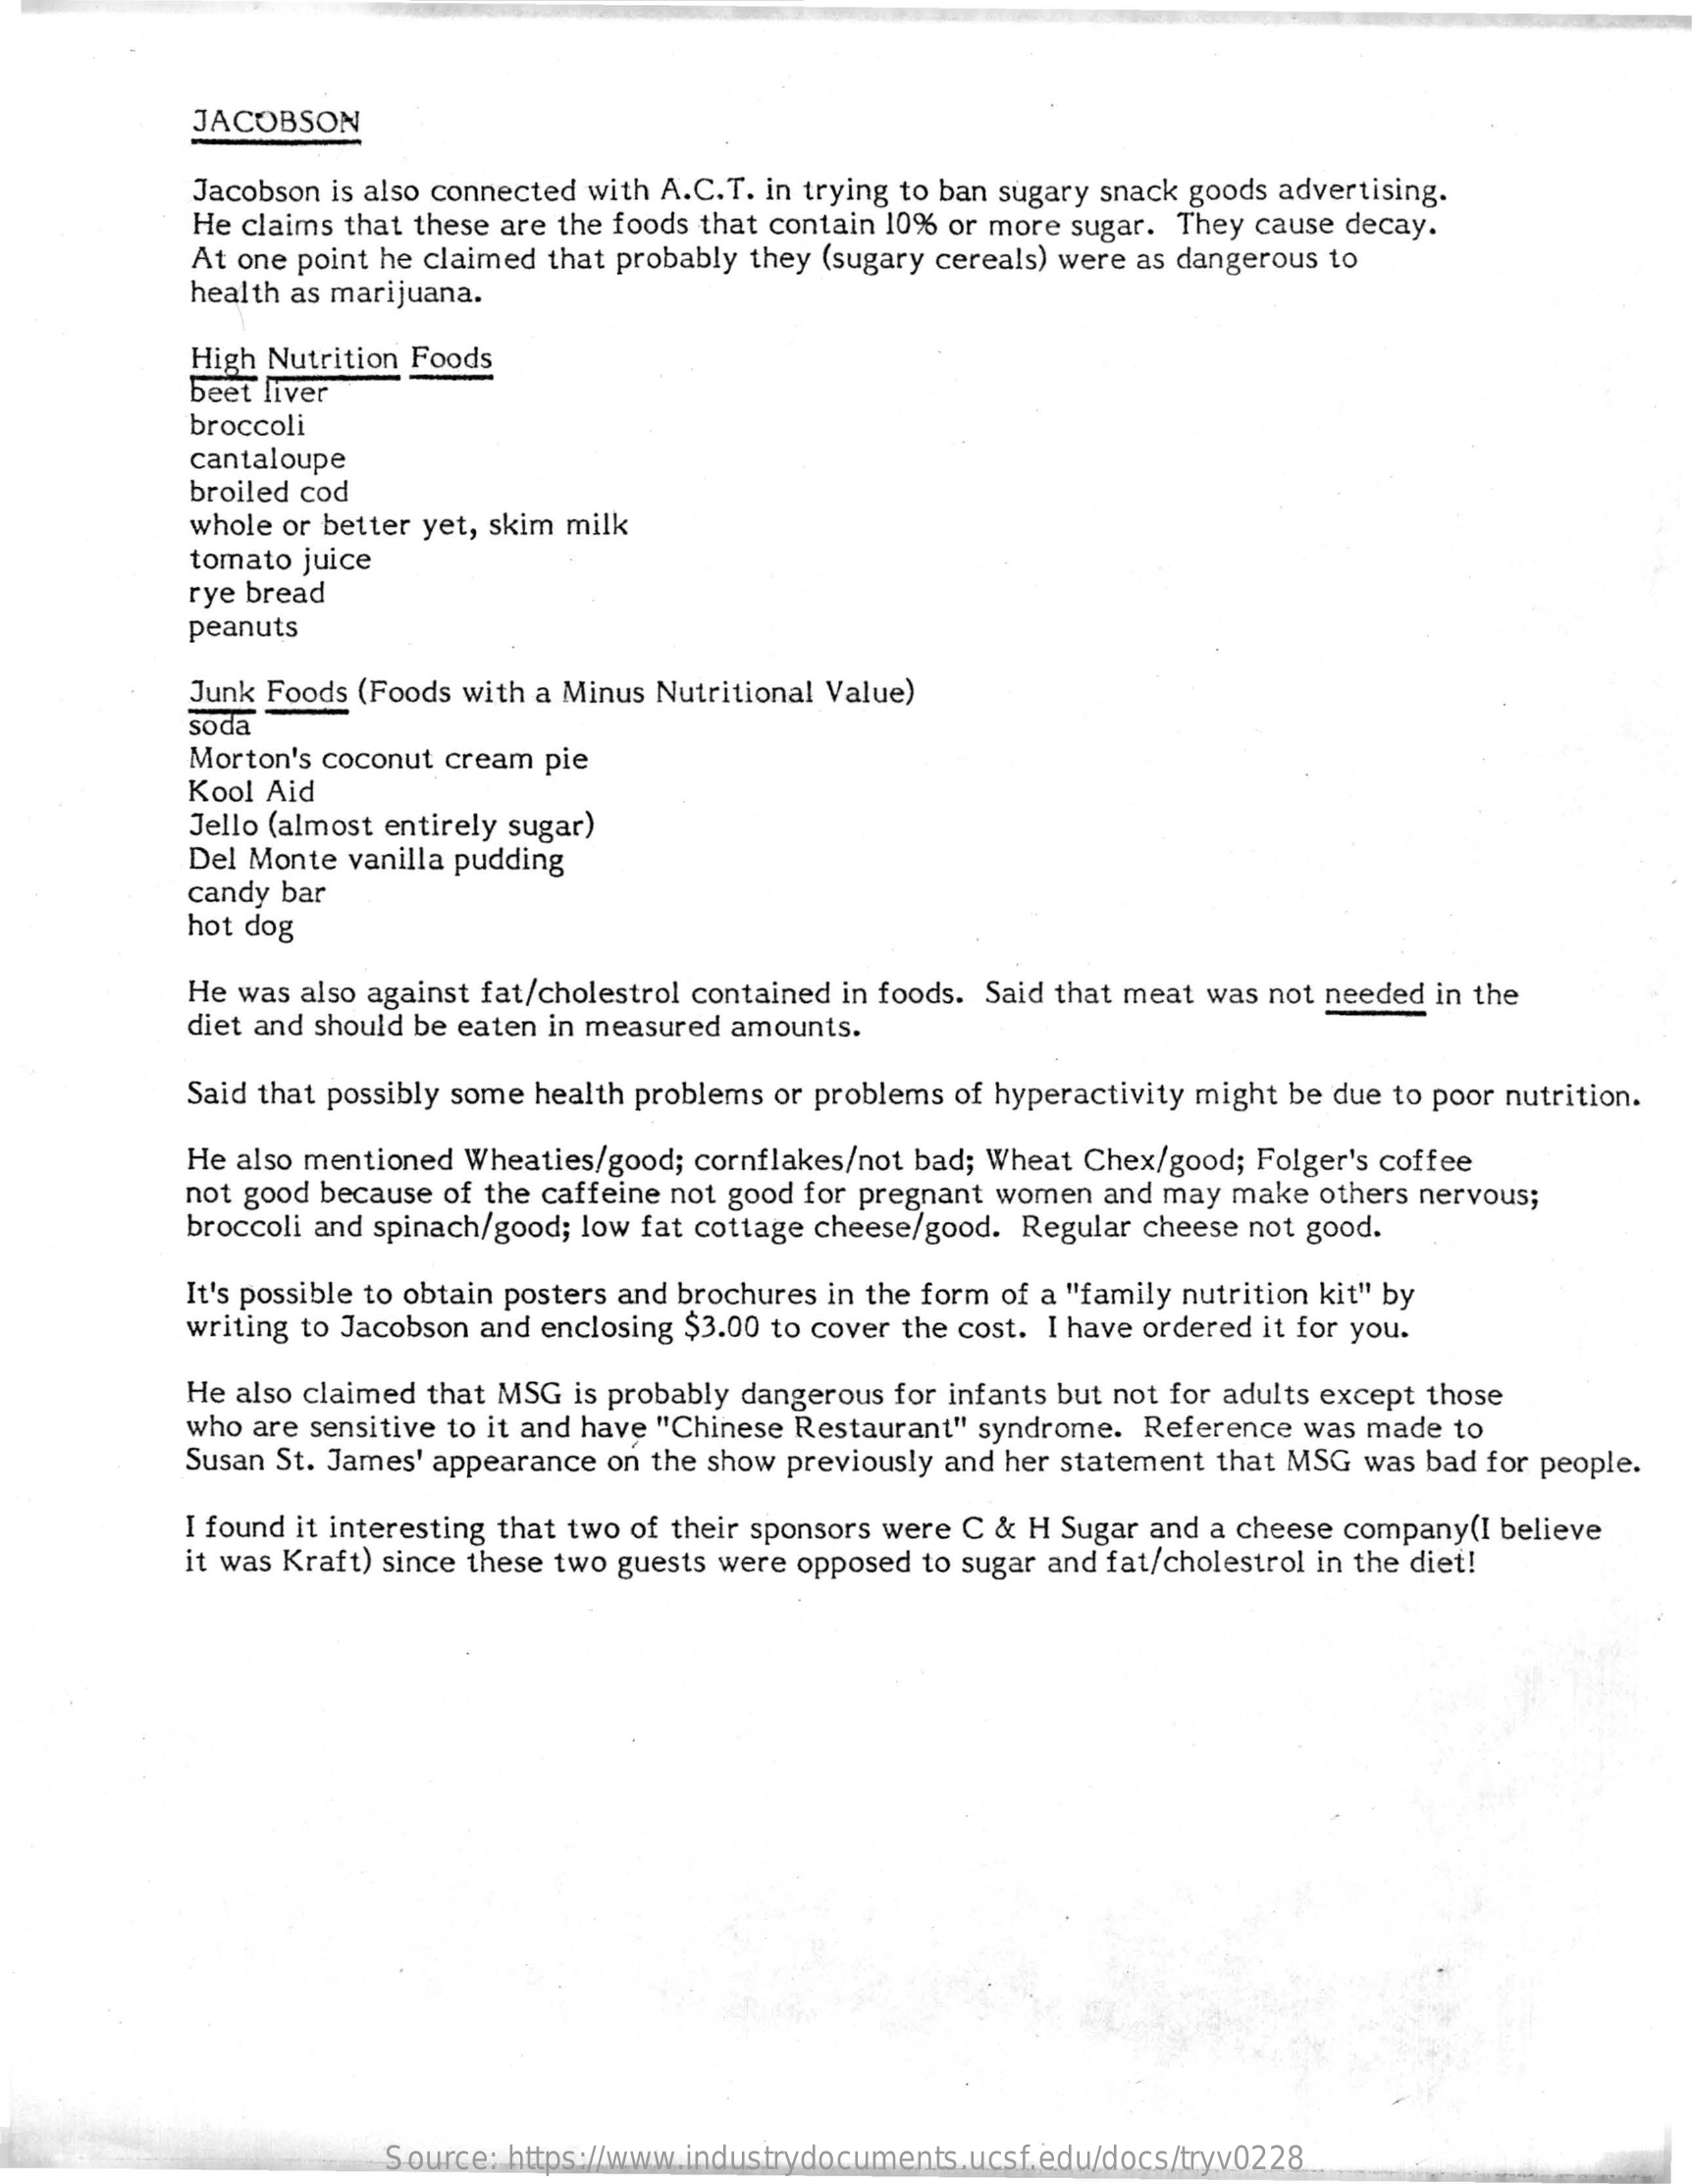
JACOBSON
     Jacobson is also connected with A.C.T. in trying to ban sugary snack goods advertising.
     He claims that these are the foods that contain 10% or more sugar. They cause decay.
     At one point he claimed that probably they (sugary cereals) were as dangerous to
     health as marijuana.
     High Nutrition Foods
     beet liver
     broccoli
     cantaloupe
     broiled cod
     whole or better yet, skim milk
     tomato juice
     rye bread
     peanuts
     Junk Foods (Foods with a Minus Nutritional Value)
     soda
     Morton's coconut cream pie
     Kool Aid
     Jello (almost entirely sugar)
     Del Monte vanilla pudding
     candy bar
     hot dog
     He was also against fat/cholestrol contained in foods. Said that meat was not needed in the
     diet and should be eaten in measured amounts.
     Said that possibly some health problems or problems of hyperactivity might be due to poor nutrition.
     He also mentioned Wheaties/good; cornflakes/not bad; Wheat Chex/good; Folger's coffee
     not good because of the caffeine not good for pregnant women and may make others nervous;
     broccoli and spinach/good; low fat cottage cheese/good. Regular cheese not good.
     It's possible to obtain posters and brochures in the form of a "family nutrition kit" by
     writing to Jacobson and enclosing $3.00 to cover the cost. I have ordered it for you.
     He also claimed that MSG is probably dangerous for infants but not for adults except those
     who are sensitive to it and have "Chinese Restaurant" syndrome. Reference was made to
     Susan St. James' appearance on the show previously and her statement that MSG was bad for people.
     I found it interesting that two of their sponsors were C & H Sugar and a cheese company(I believe
     it was Kraft) since these two guests were opposed to sugar and fat/cholestrol in the diet!
     Source: https:/www.industrydocum    f.edu/docs/tryv0228